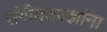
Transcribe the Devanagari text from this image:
संगीततज्ज्ञांना